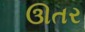
ઊતર